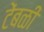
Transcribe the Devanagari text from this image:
टेंबळी